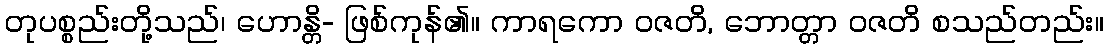
တုပစ္စည်းတို့သည်၊ ဟောန္တိ- ဖြစ်ကုန်၏။ ကာရကော ဝဇတိ, ဘောတ္တာ ဝဇတိ စသည်တည်း။